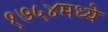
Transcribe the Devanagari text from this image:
१७५४मध्ये